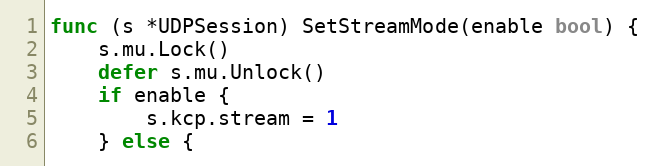
Language: Go
func (s *UDPSession) SetStreamMode(enable bool) {
	s.mu.Lock()
	defer s.mu.Unlock()
	if enable {
		s.kcp.stream = 1
	} else {